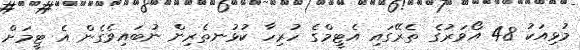
މުޅިއަކު 48 އޯވަރުގެ ތެރޭގައި އެޓީމްގެ ހުރިހާ ކުޅުނތެރިން ނުބައިވެގެން އެ ޓީމަށް